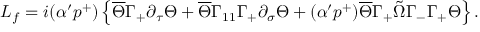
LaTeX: { \cal L } _ { f } = i ( \alpha ^ { \prime } p ^ { + } ) \left\{ \overline { { { \Theta } } } \Gamma _ { + } \partial _ { \tau } \Theta + \overline { { { \Theta } } } \Gamma _ { 1 1 } \Gamma _ { + } \partial _ { \sigma } \Theta + ( \alpha ^ { \prime } p ^ { + } ) \overline { { { \Theta } } } \Gamma _ { + } \tilde { \Omega } \Gamma _ { - } \Gamma _ { + } \Theta \right\} .